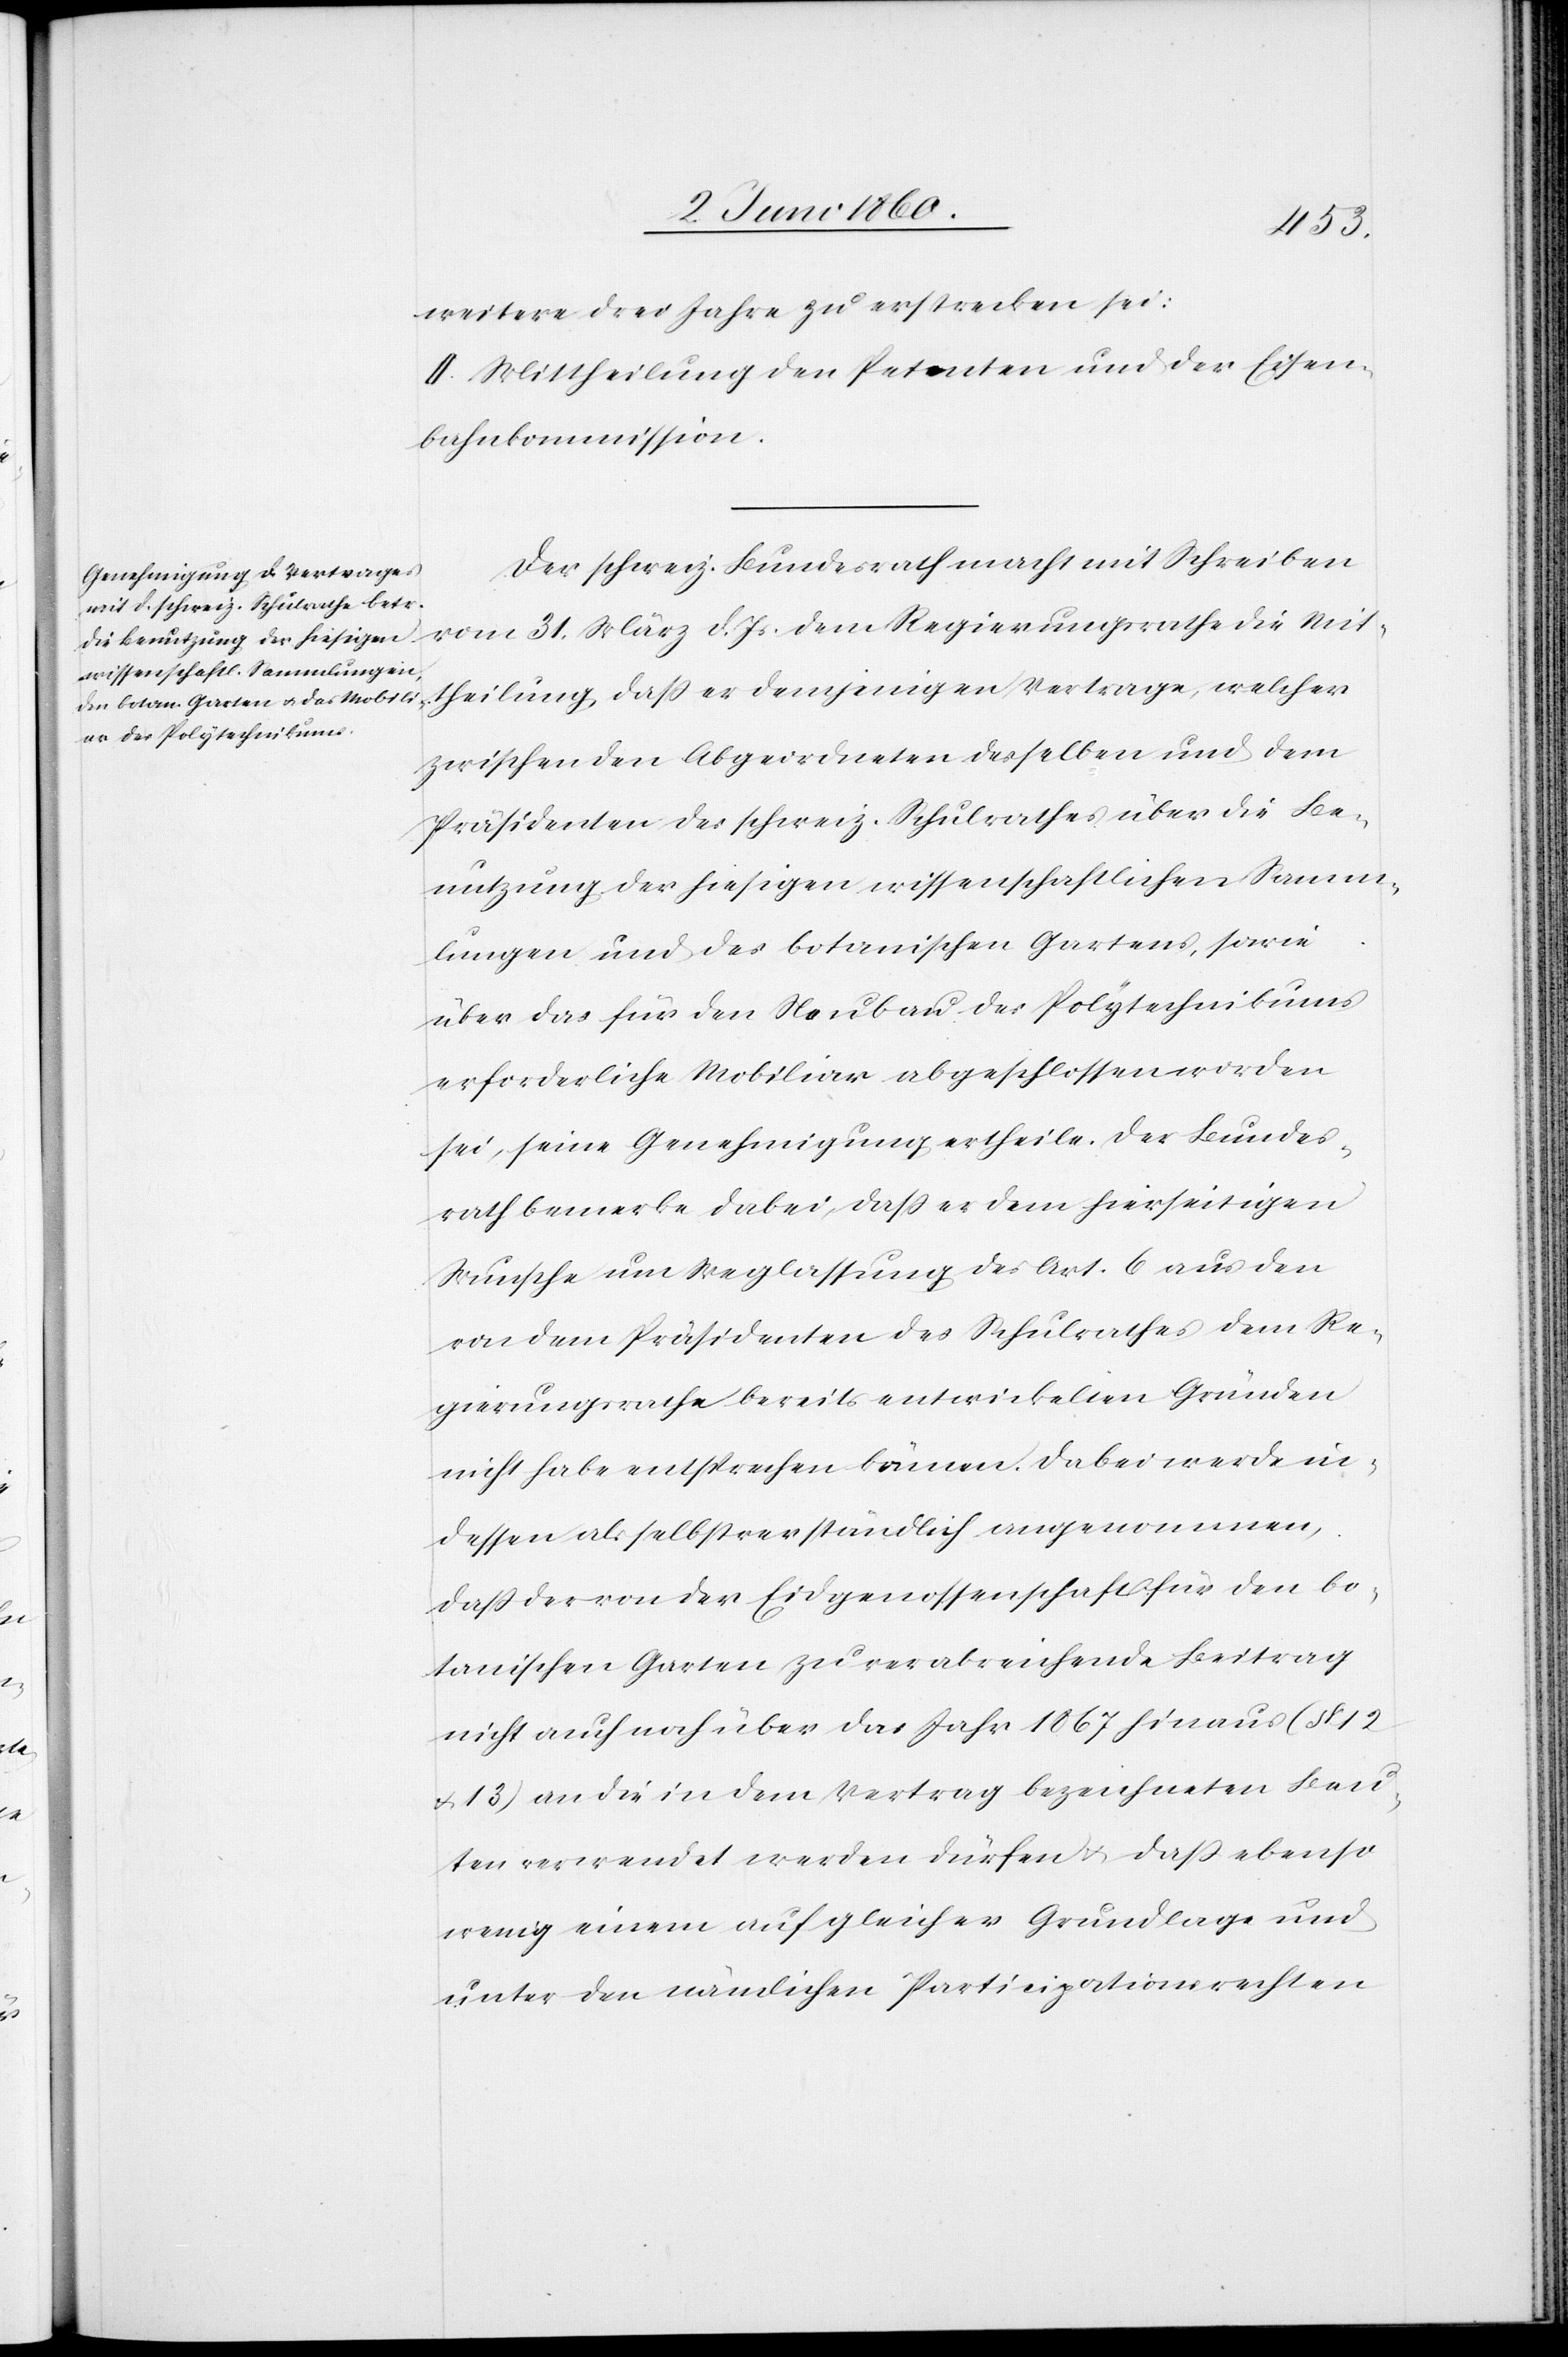
weitere drei Jahre zu erstrecken sei:
II. Mittheilung den Petenten und der Eisen¬
bahnkommission.
Der schweiz. Bundesrath macht mit Schreiben
vom 31. März d. Js. dem Regierungsrathe die Mit¬
theilung, dass er demjenigen Vertrage, welcher
zwischen den Abgeordneten desselben und dem
Präsidenten des schweiz. Schulrathes über die Be¬
nutzung der hiesigen wissenschaftlichen Samm¬
lungen und des botanischen Gartens, sowie
über das für den Neubau des Polytechnikums
erforderliche Mobiliar abgeschlossen worden
sei, seine Genehmigung ertheile. Der Bundes¬
rath bemerke dabei, dass er dem hierseitigen
Wunsche um Weglassung des Art. 6 aus den
von dem Präsidenten des Schulrathes dem Re¬
gierungsrathe bereits entwickelten Gründen
nicht habe entsprechen können. Dabei werde in¬
dessen als selbstverständlich angenommen,
dass der von der Eidgenossenschaft für den bo¬
tanischen Garten zu verabreichende Beitrag
nicht auch noch über das Jahr 1867 hinaus (§. 12
u. 13) an die in dem Vertrag bezeichneten Bau¬
ten verwendet werden dürfen u. dass ebenso
wenig einem auf gleicher Grundlage und
unter den nämlichen Participationsrechten